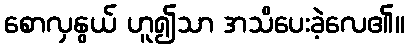
စောလှနွယ် ဟူ၍သာ အသိပေးခဲ့လေ၏။